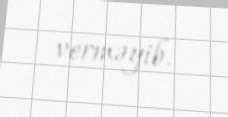
verməyib.